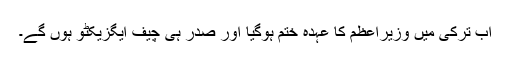
اب ترکی میں وزیراعظم کا عہدہ ختم ہوگیا اور صدر ہی چیف ایگزیکٹو ہوں گے۔